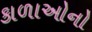
કાળાઓનો